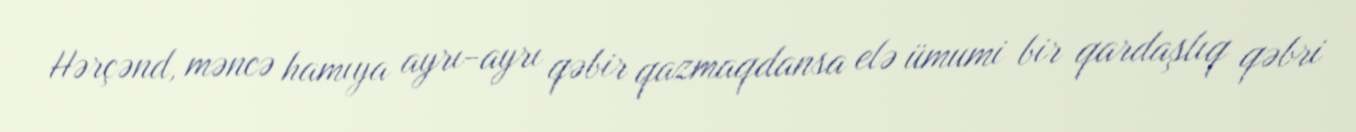
Hərçənd, məncə hamıya ayrı-ayrı qəbir qazmaqdansa elə ümumi bir qardaşlıq qəbri